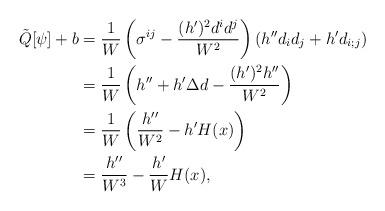
LaTeX: \begin{align*} \tilde{Q}[\psi] + b &= \frac{1}{W} \left( \sigma^{ij} - \frac{(h')^2 d^i d^j}{W^2} \right) \left( h'' d_i d_j + h' d_{i;j} \right) \\ &= \frac{1}{W} \left( h'' + h' \Delta d - \frac{(h')^2 h''}{W^2} \right) \\ &= \frac{1}{W} \left( \frac{h''}{W^2} - h' H(x) \right) \\ &= \frac{h''}{W^3} - \frac{h'}{W} H(x), \end{align*}